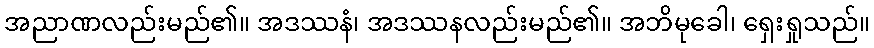
အညာဏလည်းမည်၏။ အဒဿနံ၊ အဒဿနလည်းမည်၏။ အဘိမုခေါ၊ ရှေးရှုသည်။